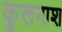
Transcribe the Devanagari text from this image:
कुलनाश